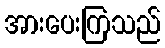
အားပေးကြသည်